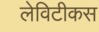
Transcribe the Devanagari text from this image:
लेविटीकस